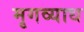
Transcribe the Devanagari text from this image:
मृगव्याध